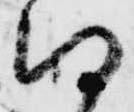
得